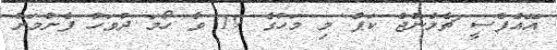
އޭއެފްސީ ޗެލެންޖް ކަޕް މި މަހުގެ 19 ވާ ހޯމަ ދުވަހު ފެށުމަށް